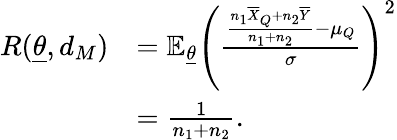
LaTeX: \begin{array}{rl}{R(\underline{{\theta}},d_{M})}&{=\mathbb{E}_{\underline{{\theta}}}\left(\frac{\frac{n_{1}\overline{{X}}_{Q}+n_{2}\overline{{Y}}}{n_{1}+n_{2}}-\mu_{Q}}{\sigma}\right)^{2}}\\ &{=\frac{1}{n_{1}+n_{2}}.}\end{array}